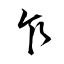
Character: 乍